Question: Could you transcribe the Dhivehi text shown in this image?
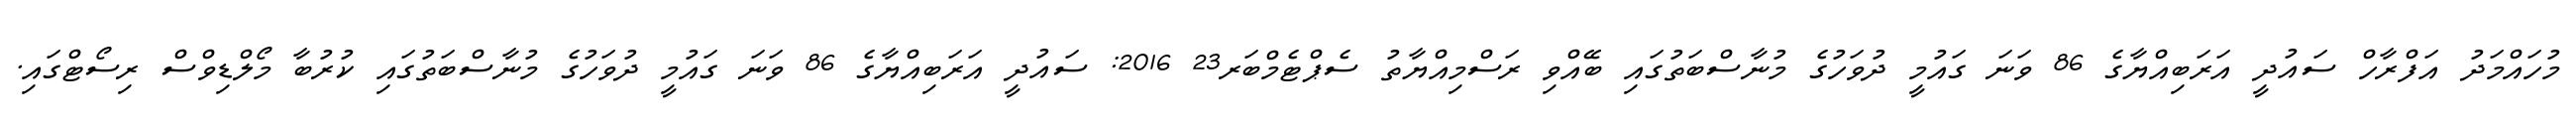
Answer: މުހައްމަދު އަފްރާހް ސައުދީ އަރަބިއްޔާގެ 86 ވަނަ ގައުމީ ދުވަހުގެ މުނާސްބަތުގައި ބޭއްވި ރަސްމިއްޔާތު ސެޕްޓެމްބަރ23 2016: ސައުދީ އަރަބިއްޔާގެ 86 ވަނަ ގައުމީ ދުވަހުގެ މުނާސްބަތުގައި ކުރުބާ މޯލްޑިވްސް ރިސޯޓްގައި.